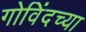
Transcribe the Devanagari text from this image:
गोविंदच्या